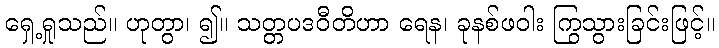
ရှေ့ရှုသည်။ ဟုတွာ၊ ၍။ သတ္တပဒဝီတိဟာ ရေန၊ ခုနစ်ဖဝါး ကြွသွားခြင်းဖြင့်။